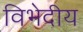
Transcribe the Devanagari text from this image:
विभेदीय